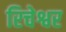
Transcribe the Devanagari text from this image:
रिचेश्वर